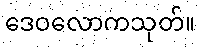
ဒေဝလောကသုတ်။